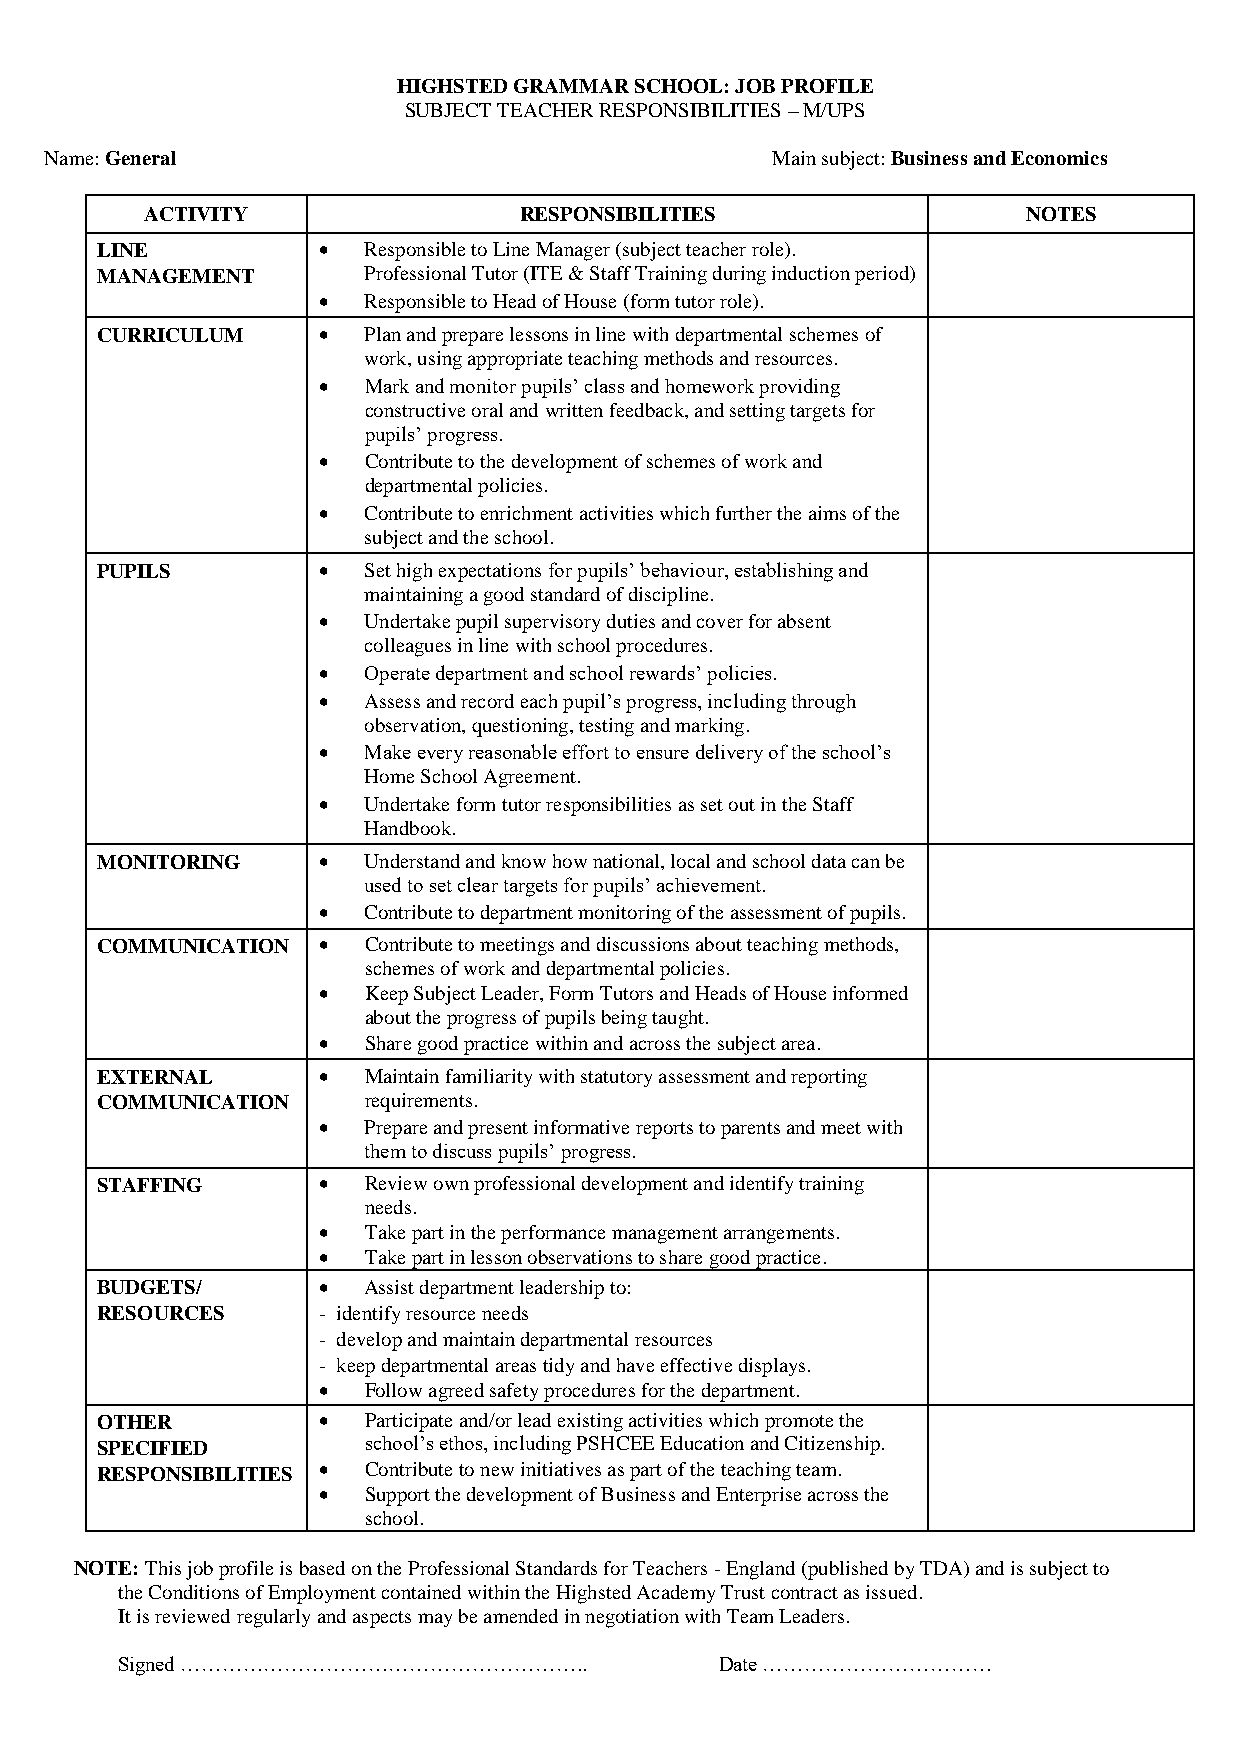
HIGHSTED GRAMMAR SCHOOL: JOB PROFILE
 SUBJECT TEACHER RESPONSIBILITIES – M/UPS
 Name: General                                   Main subject: Business and Economics
 ACTIVITY                RESPONSIBILITIES                  NOTES
 LINE           •  Responsible to Line Manager (subject teacher role).
 MANAGEMENT        Professional Tutor (ITE & Staff Training during induction period)
 •  Responsible to Head of House (form tutor role).
 CURRICULUM     •  Plan and prepare lessons in line with departmental schemes of
 work, using appropriate teaching methods and resources.
 •  Mark and monitor pupils’ class and homework providing
 constructive oral and written feedback, and setting targets for
 pupils’ progress.
 •  Contribute to the development of schemes of work and
 departmental policies.
 •  Contribute to enrichment activities which further the aims of the
 subject and the school.
 PUPILS         •  Set high expectations for pupils’ behaviour, establishing and
 maintaining a good standard of discipline.
 •  Undertake pupil supervisory duties and cover for absent
 colleagues in line with school procedures.
 •  Operate department and school rewards’ policies.
 •  Assess and record each pupil’s progress, including through
 observation, questioning, testing and marking.
 •  Make every reasonable effort to ensure delivery of the school’s
 Home School Agreement.
 •  Undertake form tutor responsibilities as set out in the Staff
 Handbook.
 MONITORING     •  Understand and know how national, local and school data can be
 used to set clear targets for pupils’ achievement.
 •  Contribute to department monitoring of the assessment of pupils.
 COMMUNICATION  •  Contribute to meetings and discussions about teaching methods,
 schemes of work and departmental policies.
 •  Keep Subject Leader, Form Tutors and Heads of House informed
 about the progress of pupils being taught.
 •  Share good practice within and across the subject area.
 EXTERNAL       •  Maintain familiarity with statutory assessment and reporting
 COMMUNICATION     requirements.
 •  Prepare and present informative reports to parents and meet with
 them to discuss pupils’ progress.
 STAFFING       •  Review own professional development and identify training
 needs.
 •  Take part in the performance management arrangements.
 •  Take part in lesson observations to share good practice.
 BUDGETS/       •  Assist department leadership to:
 RESOURCES      - identify resource needs
 - develop and maintain departmental resources
 - keep departmental areas tidy and have effective displays.
 •  Follow agreed safety procedures for the department.
 OTHER          •  Participate and/or lead existing activities which promote the
 SPECIFIED         school’s ethos, including PSHCEE Education and Citizenship.
 RESPONSIBILITIES • Contribute to new initiatives as part of the teaching team.
 •  Support the development of Business and Enterprise across the
 school.
 NOTE: This job profile is based on the Professional Standards for Teachers - England (published by TDA) and is subject to
 the Conditions of Employment contained within the Highsted Academy Trust contract as issued.
 It is reviewed regularly and aspects may be amended in negotiation with Team Leaders.
 Signed …………………………………………………..            Date ……………………………